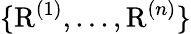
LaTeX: \{ \mathrm{R}^{(1)},...,\mathrm{R}^{(n)}\}